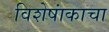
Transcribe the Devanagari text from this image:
विशेषांकाचा